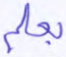
بعلم